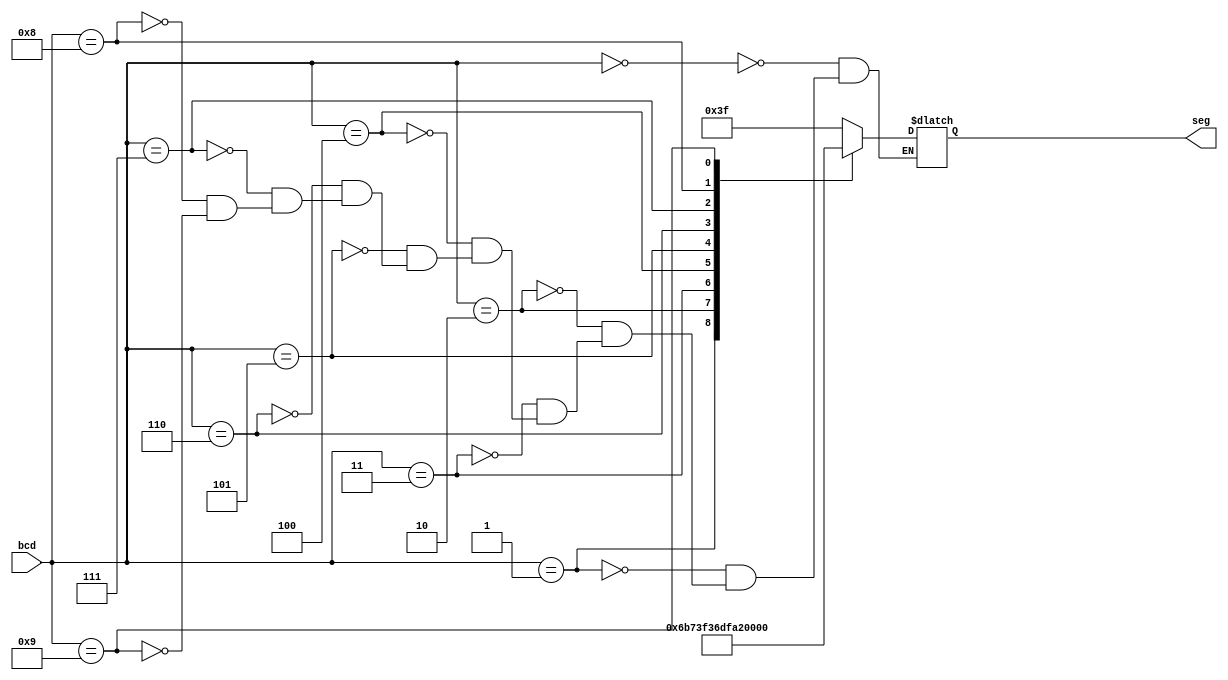
`timescale 1ns / 1ps
//////////////////////////////////////////////////////////////////////////////////
// Company:
// Engineer:
//
// Design Name:
// Module Name:    bcd_to_7
// Project Name:
// Target Devices:
// Tool versions:
// Description:
//
// Dependencies:
//
// Revision:
// Revision 0.01 - File Created
// Additional Comments:
//
//////////////////////////////////////////////////////////////////////////////////
module bcd_to_7(
    input [3:0] bcd,
    output reg [6:0] seg
    );

  always @(bcd) begin
    case(bcd)
      4'd0: seg <= 7'b0111111;
      4'd1: seg <= 7'b0000110;
      4'd2: seg <= 7'b1011011;
      4'd3: seg <= 7'b1001111;
      4'd4: seg <= 7'b1100110;
      4'd5: seg <= 7'b1101101;
      4'd6: seg <= 7'b1111101;
      4'd7: seg <= 7'b0000111;
      4'd8: seg <= 7'b1111111;
      4'd9: seg <= 7'b1101111;
    endcase
  end

endmodule